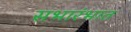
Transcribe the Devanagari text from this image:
सभारंभात